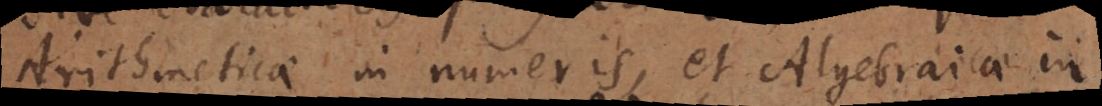
Arithmeticae in numeris, et Algebraicae in